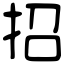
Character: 招